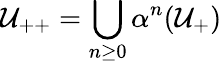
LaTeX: \mathcal{U}_{++}=\bigcup_{n\geq0}\alpha^{n}(\mathcal{U}_{+})